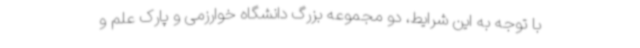
با توجه به این شرایط، دو مجموعه بزرگ دانشگاه خوارزمی و پارک علم و